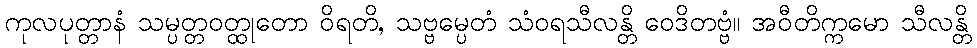
ကုလပုတ္တာနံ သမ္ပတ္တဝတ္ထုတော ဝိရတိ, သဗ္ဗမ္ပေတံ သံဝရသီလန္တိ ဝေဒိတဗ္ဗံ။ အဝီတိက္ကမော သီလန္တိ